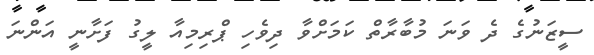
ސީޒަނުގެ ދެ ވަނަ މުބާރާތް ކަމަށްވާ ދިވެހި ޕްރިމިއާ ލީގު ފަށާނީ އަންނަ